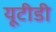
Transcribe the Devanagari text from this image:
यूटीडी